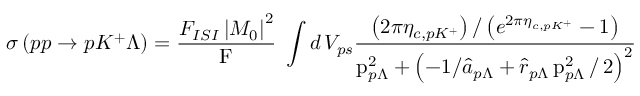
\sigma \left( p p \rightarrow p K ^ { + } \Lambda \right) = \frac { F _ { I S I } \left| M _ { 0 } \right| ^ { 2 } } { \mathrm { F } } \; \int d \, V _ { p s } \frac { \left( 2 \pi \eta _ { c , p K ^ { + } } \right) / \left( e ^ { 2 \pi \eta _ { c , p K ^ { + } } } - 1 \right) } { \mathrm { p } _ { p \Lambda } ^ { 2 } + \left( - 1 / \hat { a } _ { p \Lambda } + \hat { r } _ { p \Lambda } \, \mathrm { p } _ { p \Lambda } ^ { 2 } \, / \, 2 \right) ^ { 2 } }